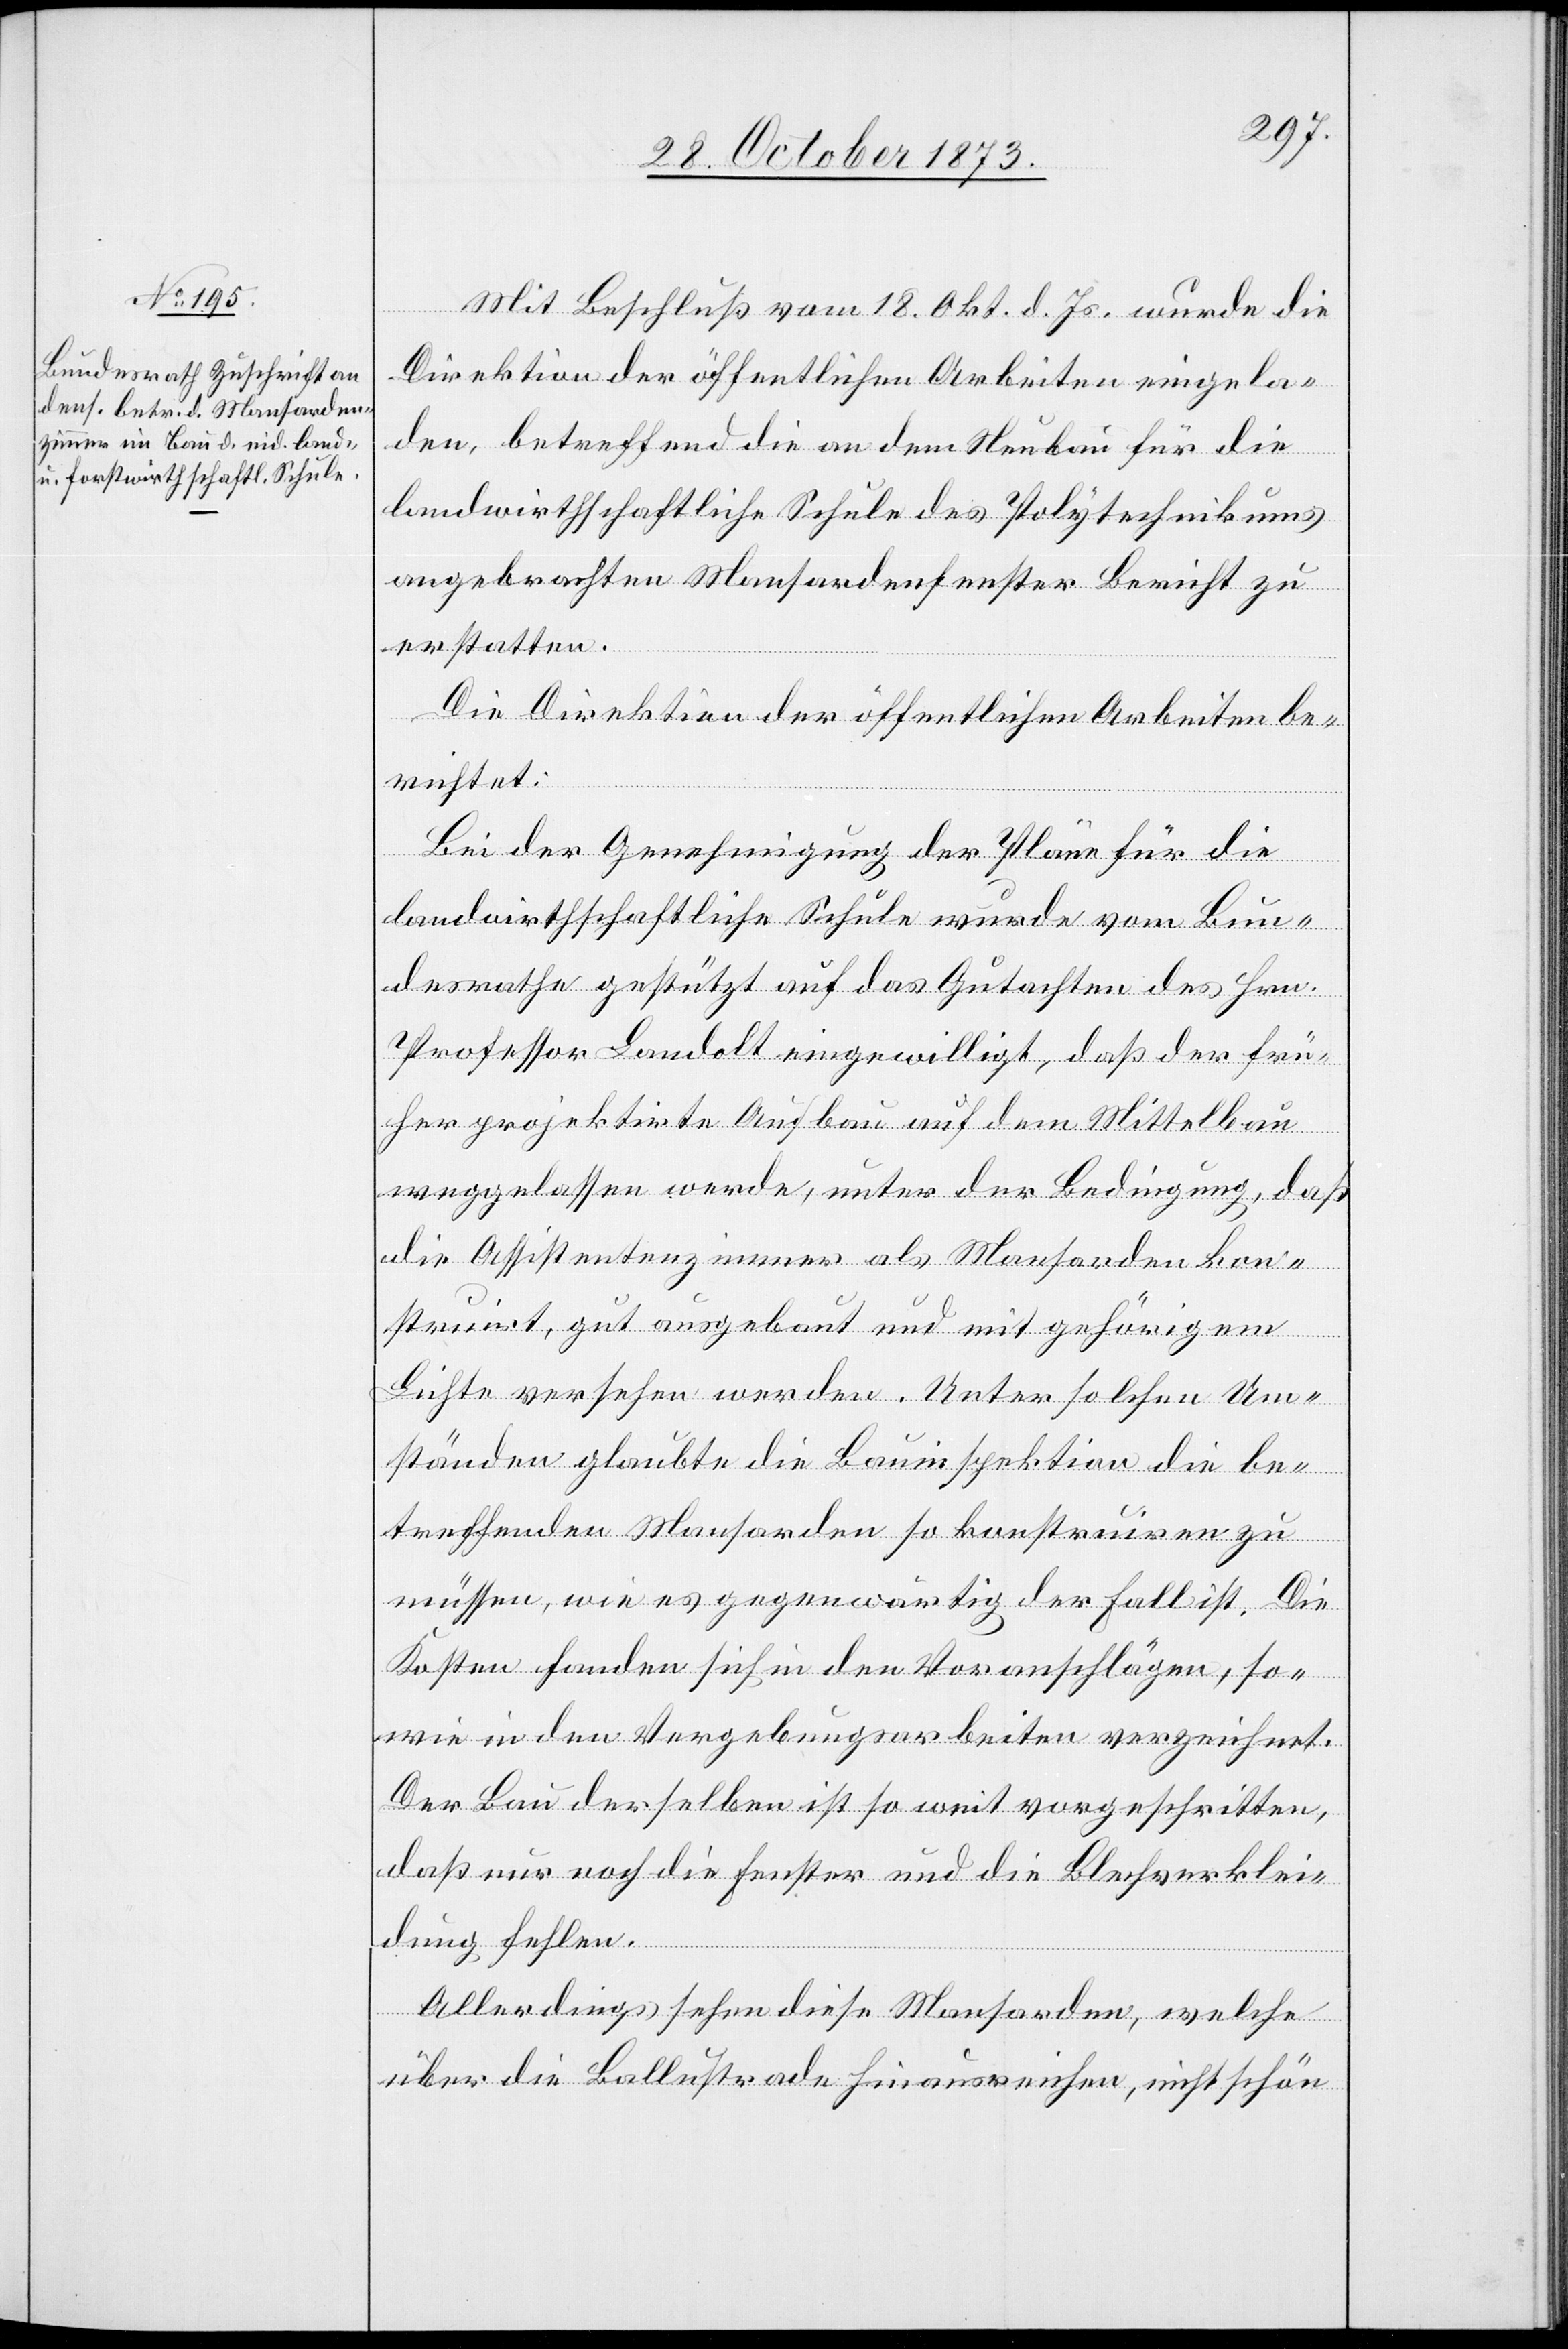
Mit Beschluß vom 18. Okt. d. Js. wurde die
Direktion der öffentlichen Arbeiten eingela¬
den, betreffend die an dem Neubau für die
landwirthschaftliche Schule des Polytechnikums
angebrachten Mansardenfenster Bericht zu
erstatten.
Die Direktion der öffentlichen Arbeiten be¬
richtet:
Bei der Genehmigung der Pläne für die
landwirthschaftliche Schule wurde vom Bun¬
desrathe gestützt auf das Gutachten des Hrn.
Professor Landolt eingewilligt, daß der frü¬
her projektirte Aufbau auf dem Mittelbau
weggelassen werde, unter der Bedingung, daß
die Assistentenzimmer als Mansarden kon¬
struirt, gut ausgebaut und mit gehörigem
Lichte versehen werden. Unter solchen Um¬
ständen glaubte die Bauinspektion die be¬
treffenden Mansarden so konstruiren zu
müssen, wie es gegenwärtig der Fall ist. Die
Kosten fanden sich in den Voranschlägen, so¬
wie in den Vergebungsarbeiten verzeichnet.
Der Bau derselben ist so weit vorgeschritten,
daß nur noch die Fenster und die Blechverklei¬
dung fehlen.
Allerdings sehen diese Mansarden, welche
über die Ballustrade hinausreichen, nicht schön